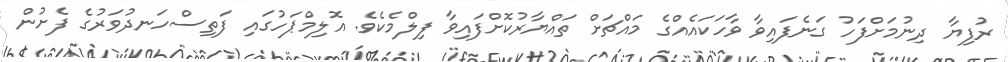
ރުފިޔާ ދިނުމަށްފަހު ގަނެފައިވާ ވާހަކައެއްގެ މައްޗަށް ތައްޔާރުކޮށްފައިވާ ފިލްމެކެވެ. އޮލިމްޕަހުގައި ފަތިސްހަނދުވަރުގެ ފެށުން